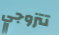
تتزوجي